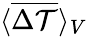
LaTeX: \langle\overline{{\Delta\mathcal{T}}}\rangle_{V}